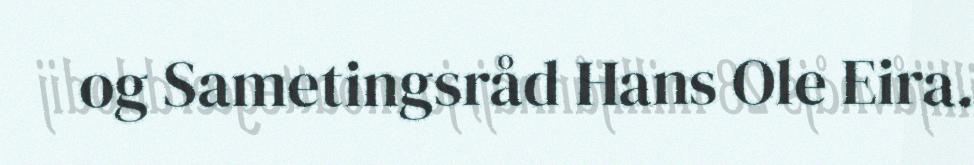
og Sametingsråd Hans Ole Eira.